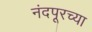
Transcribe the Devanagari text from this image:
नंदपूरच्या